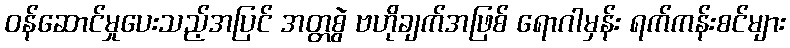
ဝန်ဆောင်မှုပေးသည့်အပြင် အတ္တစွဲ ဗဟိုချက်အဖြစ် ရောဂါမှန်း ရက်ကန်းစင်များ